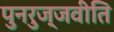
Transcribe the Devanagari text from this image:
पुनरुज्जवीति